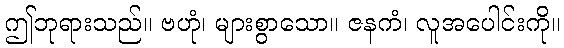
ဤဘုရားသည်။ ဗဟုံ၊ များစွာသော။ ဇနကံ၊ လူအပေါင်းကို။